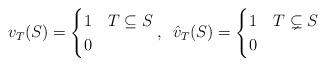
LaTeX: \begin{align*}v_T (S)=\begin{cases}1 & T\subseteq S\\0 &\end{cases},\,\,\, \hat{v}_T (S)=\begin{cases}1 & T\subsetneq S\\0 &\end{cases}\end{align*}